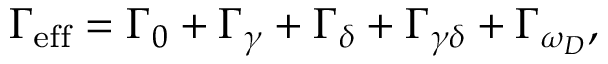
\Gamma _ { \mathrm { e f f } } = \Gamma _ { 0 } + \Gamma _ { \gamma } + \Gamma _ { \delta } + \Gamma _ { \gamma \delta } + \Gamma _ { \omega _ { D } } ,